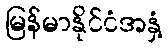
မြန်မာနိုင်ငံအနှံ့